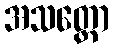
အသတ္ထော